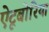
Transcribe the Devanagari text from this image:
ऐटूबोरिया